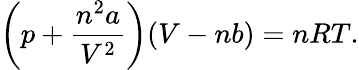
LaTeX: \left(p+{\frac{n^{2}a}{V^{2}}}\right)(V-nb)=nRT.